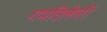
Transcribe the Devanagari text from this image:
गमविलेली